Vaccination in the Punjab 1897-1904 - 1897-1904
Year: 1897
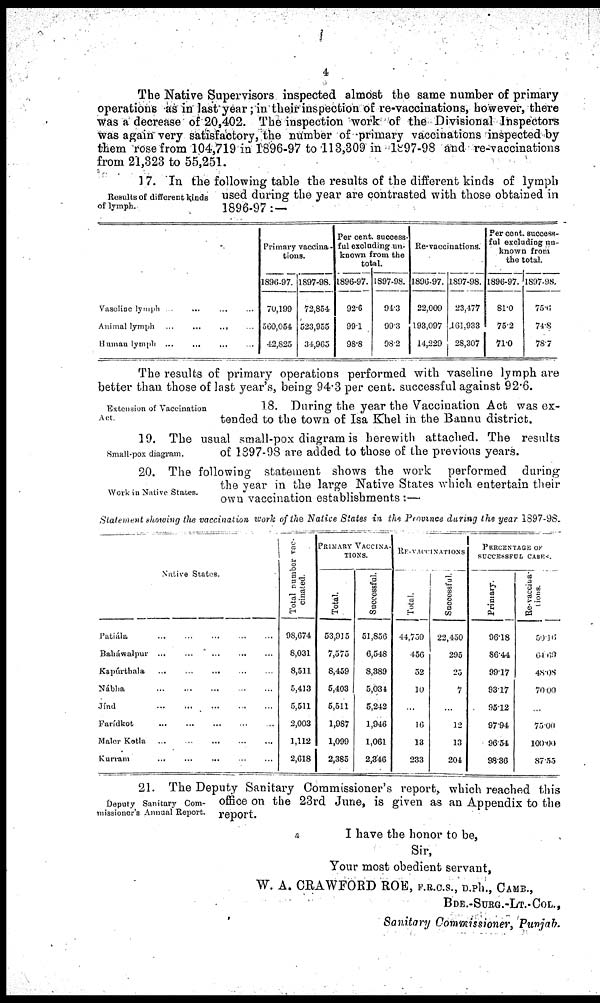
4
The Native Supervisors inspected almost the same number of primary
operations as in last year; in their inspection of re-vaccinations, however, there
was a decrease of 20,402. The inspection work of the Divisional Inspectors
was again very satisfactory, the number of primary vaccinations inspected by
them rose from 104,719 in 1896-97 to 113,309 in 1897-98 and re-vaccinations
from 21,323 to 55,251.
Results of different kinds
of lymph.
17. In the following table the results of the different kinds of lymph
used during the year are contrasted with those obtained in
1896-97: —
Vaseline lymph ... ... ...
Animal Iymph ...
...
... ...
Human lymph ... ... ... ...
Primary vaccina¬
tions.
1896-97.
70,199
560,054
42,825
1897-98.
72,854
523,955
34,965
Per cent. success-
ful excluding un-
known from the
total.
1896-97.
92.6
99.1
98.8
1897-98.
94.3
99.3
98.2
Re-vaccinations.
1896-97.
22,009
193,097
14,229
1897-98.
23,477
161,933
28,307
Per cent. success¬
ful excluding un-
known from
the total.
1896-97.
81.0
75.2
71.0
1897-98.
75.6
74.8
78.7
The results of primary operations performed with vaseline lymph are
better than those of last year's, being 94.3 per cent. successful against 92.6.
Extension of Vaccination
Act.
18. During the year the Vaccination Act was ex¬
tended to the town of Isa Khel in the Bannu district.
Small-pox diagram.
19. The usual small-pox diagram is herewith attached. The results
of 1897-98 are added to those of the previous years.
Work in Native States.
20. The following statement shows the work performed during
the year in the large Native States which entertain their
own vaccination establishments :—
Statement showing the vaccination
work of the Native States in the Province during the year 1897-98.
Native States.
Patiála
...
...
...
...
...
Baháwalpur ... ... ... ... ...
Kapúrthala ... ... ... ... ...
Nábha
...
...
...
...
...
Jínd ... ... ... ... ...
Farídkot
...
...
...
...
...
Maler Kotla
...
...
...
...
...
Kurram
...
...
... ... ...
Total number vac-
cinated.
98,674
8,031
8,511
5,413
5,511
2,003
1,112
2,618
PRIMARY VACCINA-
------
Total.
53,915
7,575
8,459
5,403
5,511
1,987
1,099
2,385
Successful.
51,856
5,548
8,389
5,034
5,242
1,946
1,061
2,346
RE-VACCINATIONS
Total.
44,759
456
52
10
...
16
13
233
Successful.
22,450
295
25
7
...
12
13
204
PERCENTAGE OF
SUCCESSFUL CASES.
Primary.
96.18
86.44
99.17
93.17
95.12
97.94
96.54
98.36
Re-vaccina¬
tions.
50.16
64.69
48.08
70.00
...
75.00
100.00
87.55
Deputy Sanitary Com-
missioner's Annual Report.
21. The Deputy Sanitary Commissioner's report, which reached this
office on the 23rd June, is given as an Appendix to the
report.
I have the honor to be,
Sir,
Your most obedient servant,
W. A. CRAWFORD ROE, F.E.O.S., D.ph., CAME.,
BDE.-SURG.-LT.-COL.,
Sanitary Commissioner, Punjab.